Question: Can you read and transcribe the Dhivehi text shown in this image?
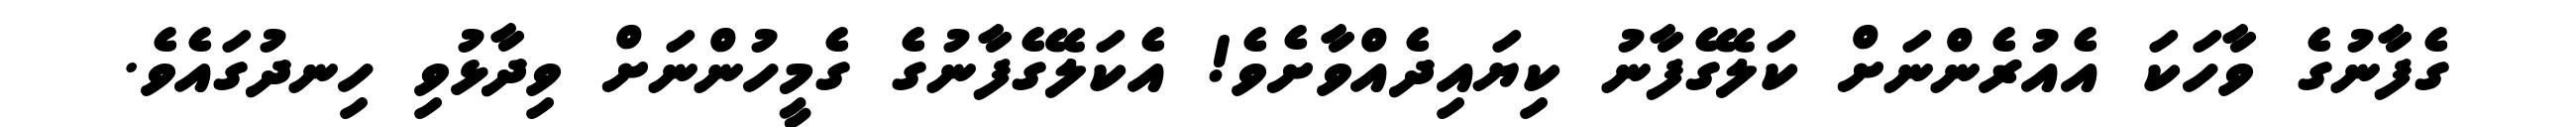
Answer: ގެފާނުގެ ވާހަކަ އެއުރެންނަށް ކަލޭގެފާނު ކިޔައިދެއްވާށެވެ! އެކަލޭގެފާނުގެ ގެމީހުންނަށް ވިދާޅުވި ހިނދުގައެވެ.